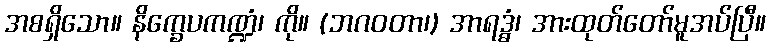
အစရှိသော။ နိက္ခေပကဏ္ဍံ၊ ကို။ (ဘဂဝတာ၊) အာရဒ္ဓံ၊ အားထုတ်တော်မူအပ်ပြီ။